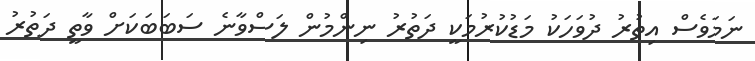
ނަމަވެސް އިތުރު ދުވަހަކު މަޑުކުރުމަކީ ދަތުރު ނިންމުން ލަސްވާނެ ސަަބަބަކަށް ވާތީ ދަތުރު